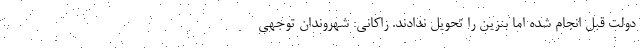
دولت قبل انجام شده اما بنزین را تحویل ندادند. زاکانی: شهروندان توجهی